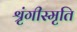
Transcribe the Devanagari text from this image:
श्रृंगीस्मृति